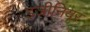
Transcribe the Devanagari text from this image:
इजीनियर